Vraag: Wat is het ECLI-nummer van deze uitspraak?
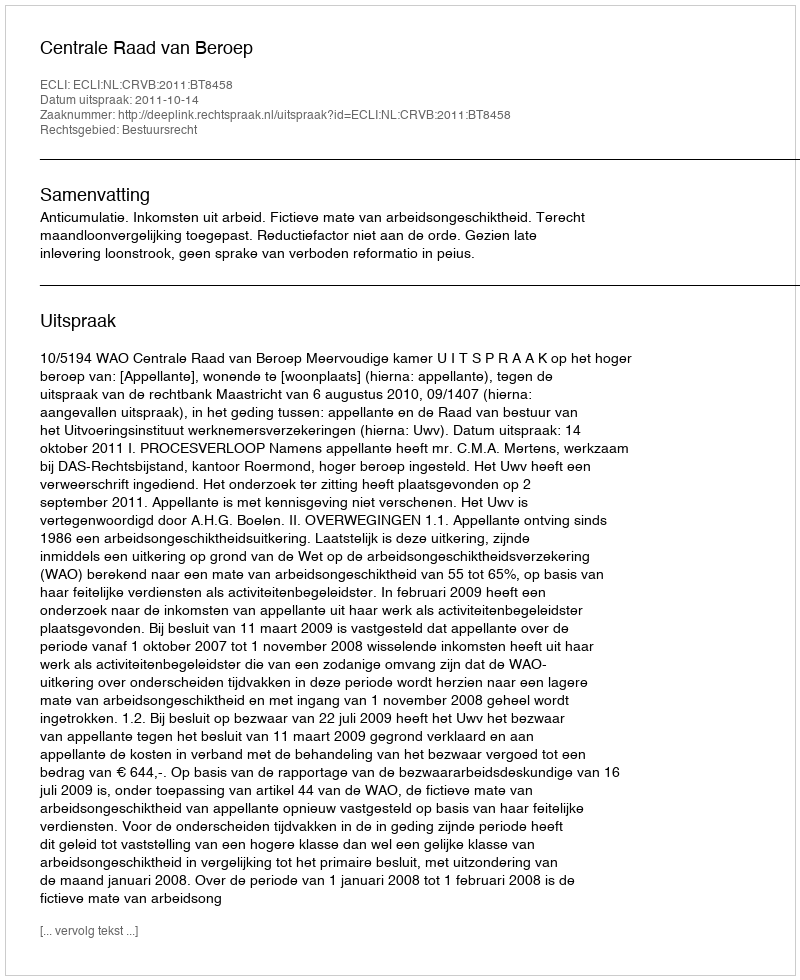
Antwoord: ECLI:NL:CRVB:2011:BT8458